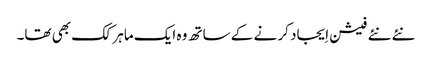
نئے نئے فیشن اِیجاد کر نے کے ساتھ وہ ایک ماہر کک بھی تھا۔